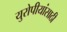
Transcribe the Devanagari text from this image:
युरोपीयांसाठी